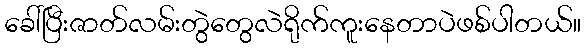
ခေါ်ပြီးဇာတ်လမ်းတွဲတွေလဲရိုက်ကူးနေတာပဲဖစ်ပါတယ်။